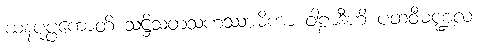
ဃနပုပ္ဖကောတိ သဋ္ဌိသတသဟဿာဓိကာ ဝါဠာဒီဟိ ပထဝီမဏ္ဍလံ